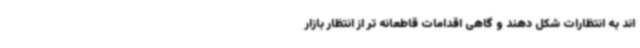
اند به انتظارات شکل دهند و گاهی اقدامات قاطعانه تر از انتظار بازار